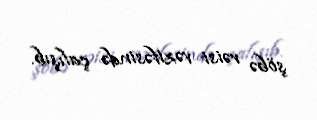
şöbə rəisi vəzifəsində çalışıb.